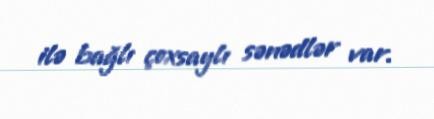
ilə bağlı çoxsaylı sənədlər var.